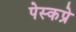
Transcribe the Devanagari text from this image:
पेस्कप्रे